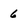
Character: 6